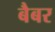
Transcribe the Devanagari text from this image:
बैबर